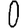
Digit: 0